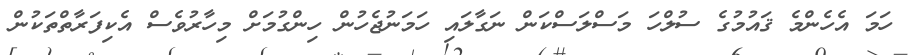
ހަމަ އެހެންމެ ޤައުމުގެ ސުލްހަ މަސްލަސްކަން ނަގާލައި ހަމަނުޖެހުން ހިންގުމަށް މިހާރުވެސް އެކިފަރާތްތަކުން